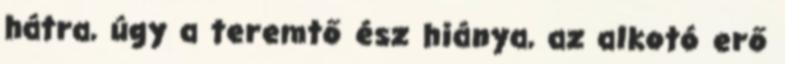
hátra, úgy a teremtő ész hiánya, az alkotó erő